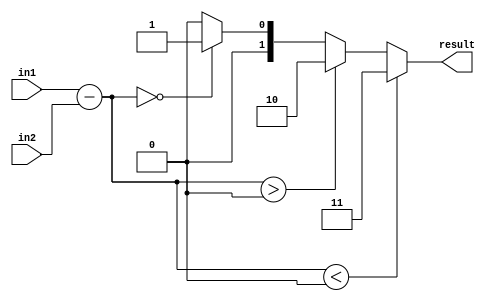
module comparator(
		input signed [15:0] in1, in2,
		output reg [1:0] result
	);
	
	reg signed [15:0] diff;
	always@(*) begin
		diff = in1 - in2;	//op1 - r0
		
		if (diff < 0)
			result <= 2'b11;
		else if (diff > 0)
			result <= 2'b10;
		else if (diff == 0)
			result <= 2'b01;
		else
			result <= 2'b00;		
	end
	
endmodule